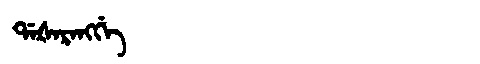
Manchu: ᡩᠠᡧᠠᡵᠠᠩᡤᡝ
Romanization: DAŠARANGGE